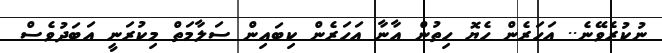
ނުކުރެވޭނެ.. އަހަރެން ހެޔޮ ހިތުން އާނާ އަހަރެން ކިބައިން ސަލާމަތް މިކުރަނީ އަބަދުވެސް